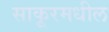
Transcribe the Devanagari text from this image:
साकूरमधील